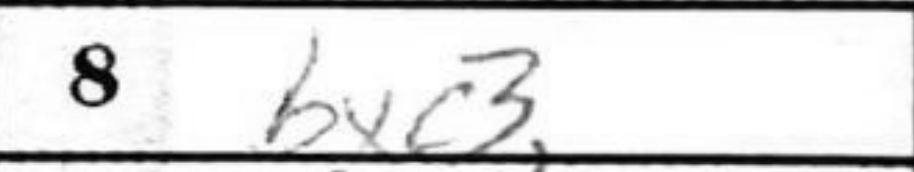
Transcription: bxc3